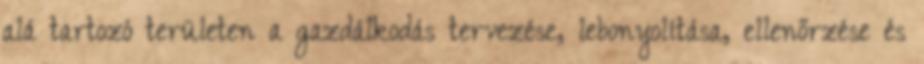
alá tartozó területen a gazdálkodás tervezése, lebonyolítása, ellenőrzése és